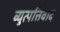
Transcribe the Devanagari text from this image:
व्युत्पत्तिवाद